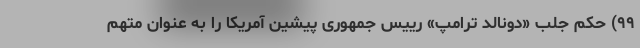
۹۹) حکم جلب «دونالد ترامپ» رییس جمهوری پیشین آمریکا را به عنوان متهم